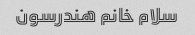
سلام خانم هندرسون